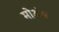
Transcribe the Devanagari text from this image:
मोअॅब